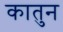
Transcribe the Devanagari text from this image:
कातुन